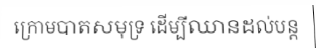
ក្រោមបាតសមុទ្រ ដើម្បីឈានដល់បន្ត